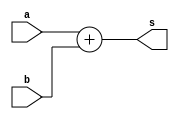
module word_adder_plain (a,b,s);
parameter WIDTH = 8;

input [WIDTH-1:0] a,b;
output [WIDTH-1:0] s;

assign s = a + b;

endmodule